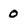
Character: 0